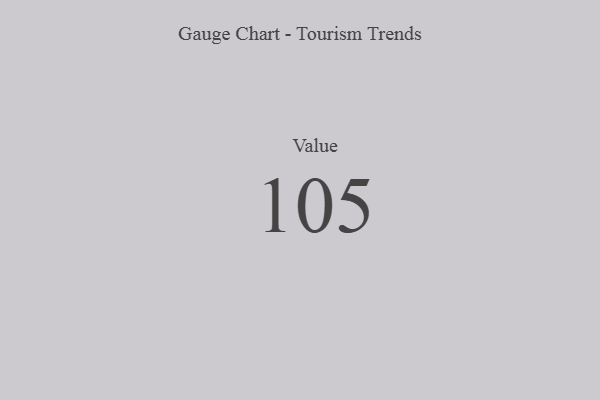
{"axis": {"x": "Metric", "y": "Value"}, "legend": [""], "data": [{"x": "Value", "y": 105, "type": ""}]}